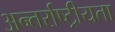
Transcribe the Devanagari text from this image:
अन्तर्राष्ट्रीयता